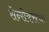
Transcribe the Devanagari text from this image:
सेन्सेक्सचा